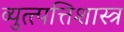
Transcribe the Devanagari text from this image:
व्युत्त्पत्तिशास्त्र